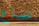
نعناع